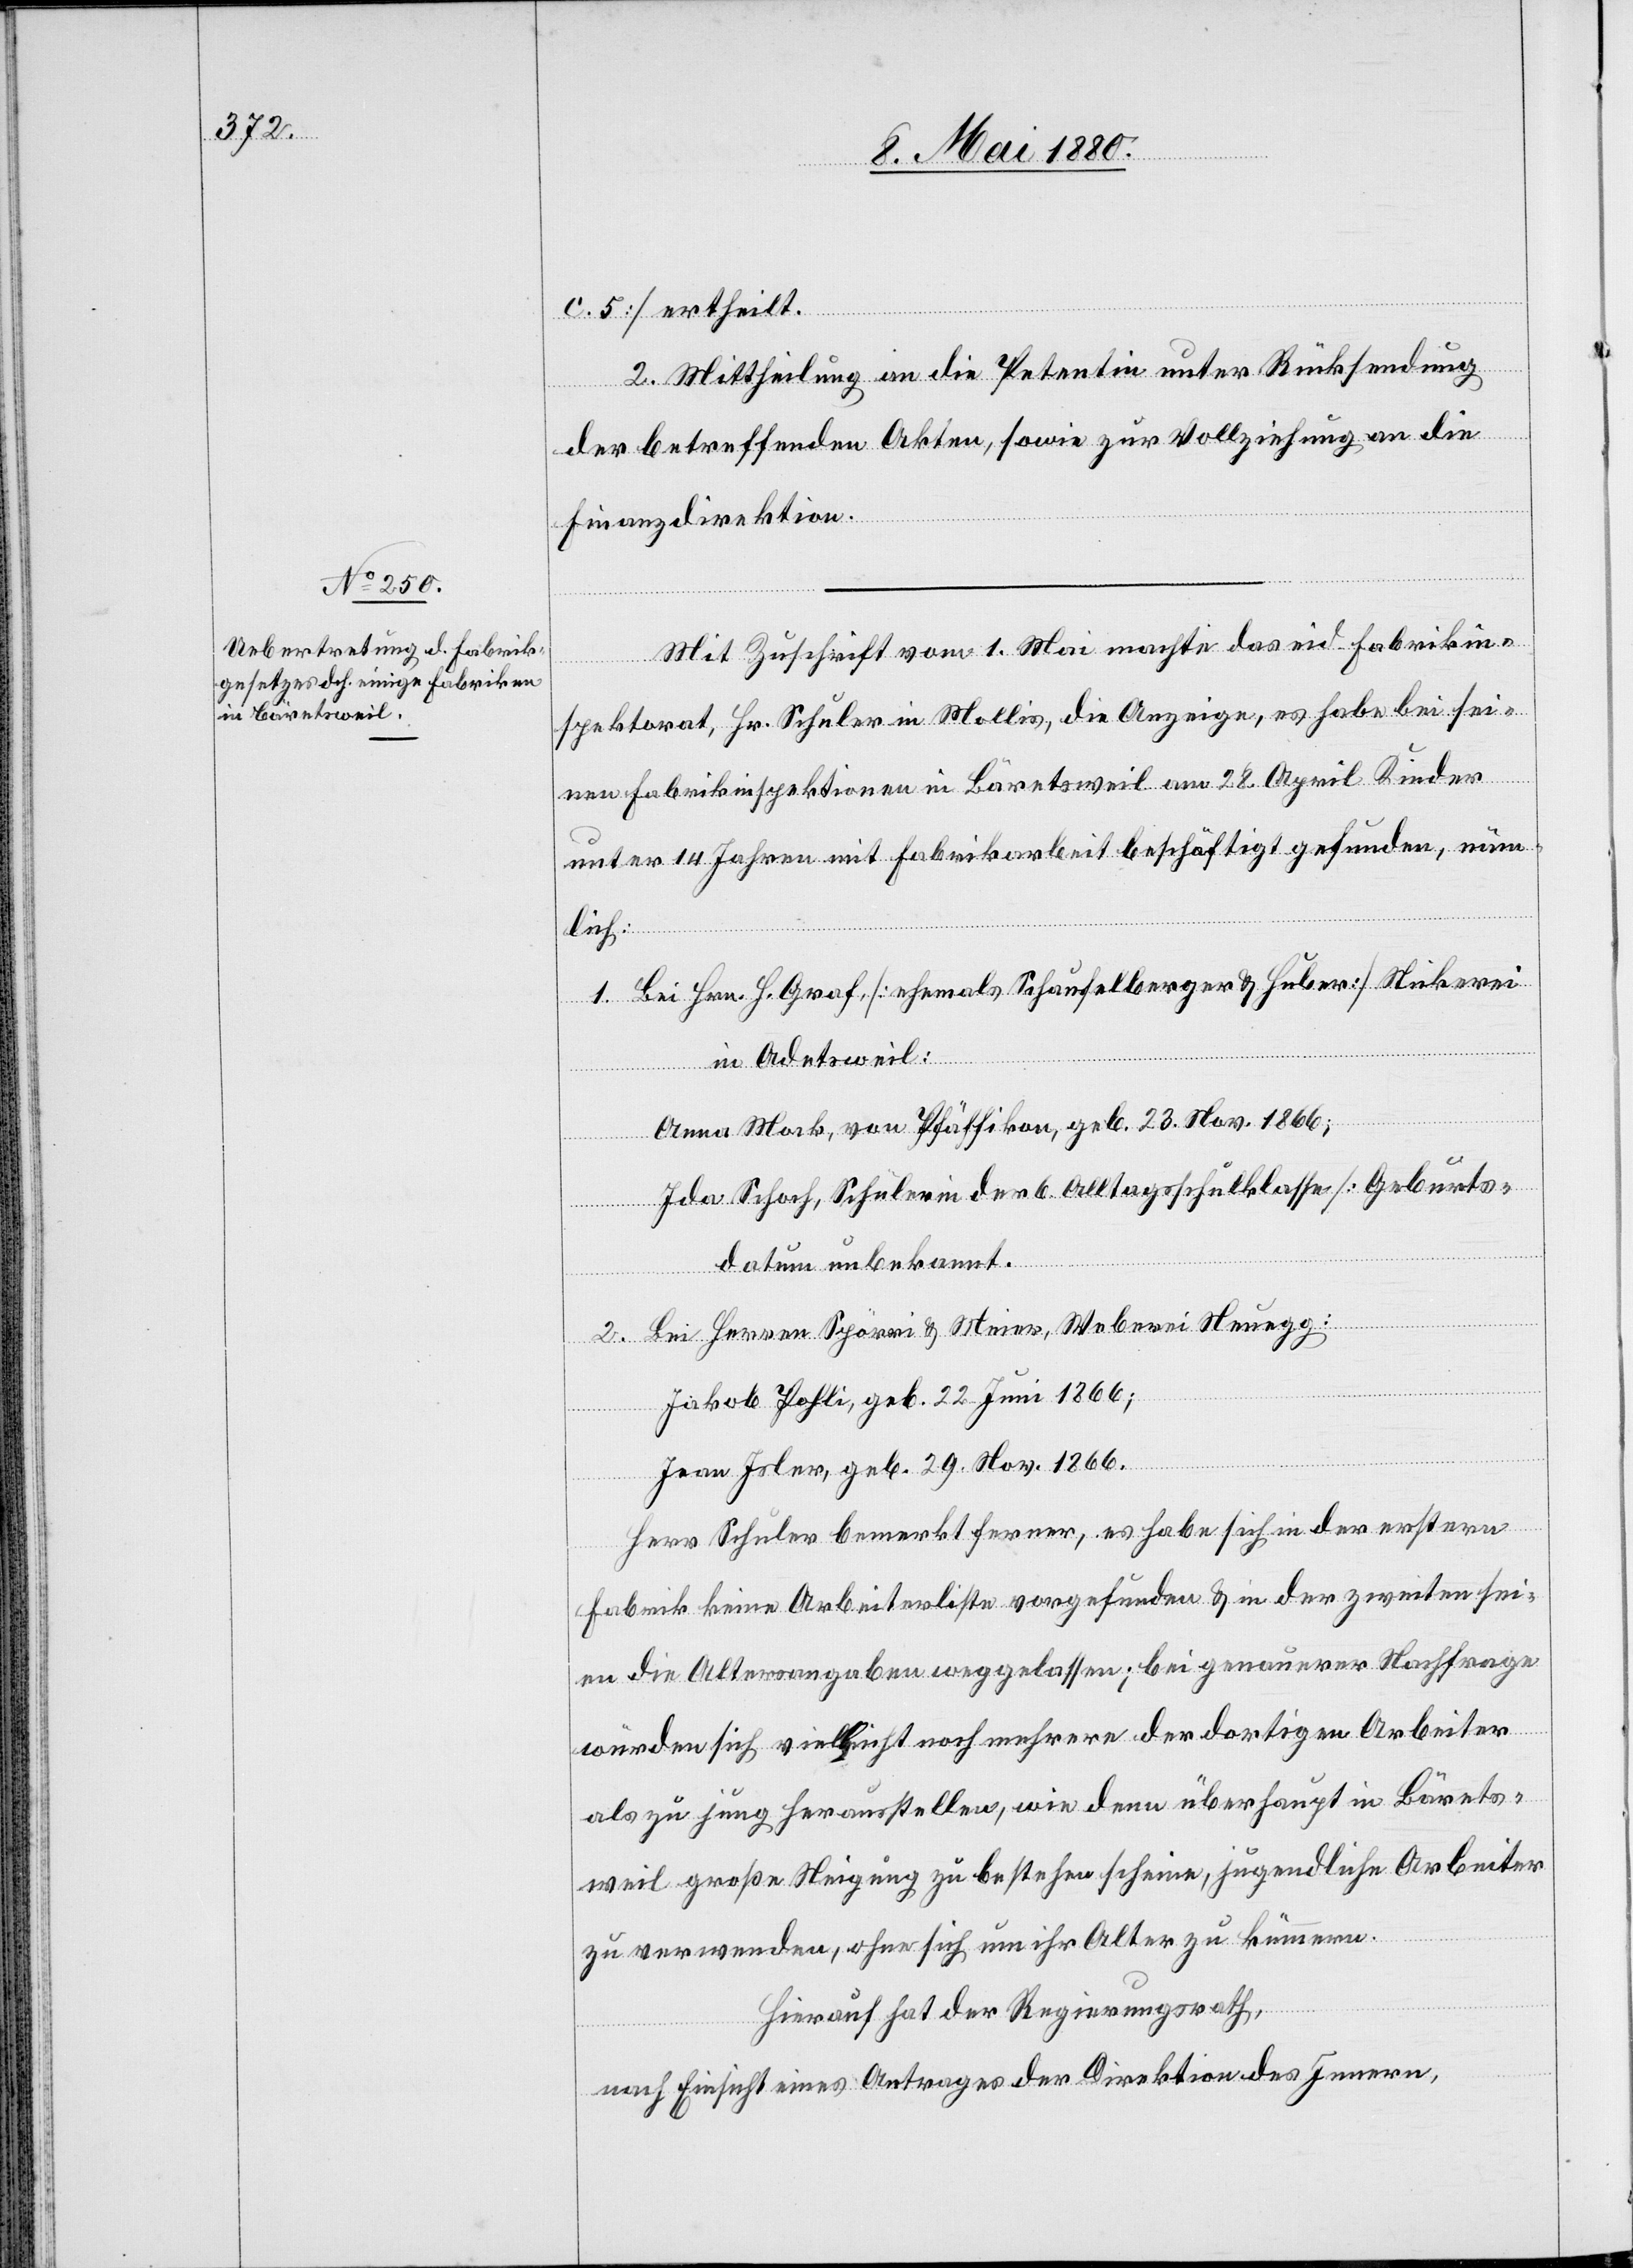
c. 5] ertheilt.
2. Mittheilung an die Petentin unter Rücksendung
der betreffenden Akten, sowie zur Vollziehung an die
Finanzdirektion.
Mit Zuschrift vom 1. Mai machte das eid. Fabrikin¬
spektorat, Hr. Schuler in Mollis, die Anzeige, es habe bei sei¬
nen Fabrikinspektionen in Bäretsweil am 28. April Kinder
unter 14. Jahren mit Fabrikarbeit beschäftigt gefunden, näm¬
lich:
1. Bei Hrn. H. Grad [ehemals Schaufelberger & Huber] Stickerei
in Adetsweil:
Anna Mack, von Pfäffikon, geb. 23. Nov. 1866;
Ida Schoch, Schülerin der 6. Alltagsschulklasse [Geburts¬
datum unbekannt].
2. Bei Herrn Spörri & Meier, Weberei Neuegg:
Jakob Pohli, geb. 22. Juni 1866;
Jean Isler, geb. 29. Nov. 1866.
Herr Schuler bemerkt ferner, es habe sich in der erstern
Fabrik keine Arbeiterliste vorgefunden & in der zweiten sei¬
en die Altersangaben weggelassen; bei genauerer Nachfrage
würden sich vielleicht noch mehrere der dortigen Arbeiter
als zu jung herausstellen, wie denn überhaupt in Bärets¬
weil große Neigung zu bestehen scheine, jugendliche Arbeiter
zu verwenden, ohne sich um ihr Alter zu kümmern.
Hierauf hat der Regierungsrath,
nach Einsicht eines Antrages der Direktion des Innern,